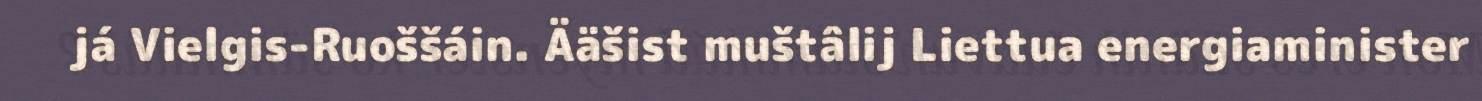
já Vielgis-Ruoššáin. Ääšist muštâlij Liettua energiaminister